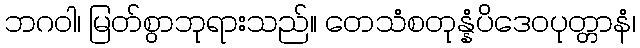
ဘဂဝါ၊ မြတ်စွာဘုရားသည်။ တေသံစတုန္နံပိဒေဝပုတ္တာနံ၊